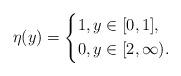
LaTeX: \begin{align*}\eta(y)=\left \{\begin{aligned}&1,y\in [0,1],\\&0,y\in [2,\infty).\end{aligned}\right.\end{align*}